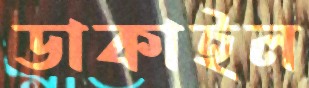
ডাকাইল